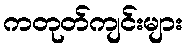
ကတုတ်ကျင်းများ